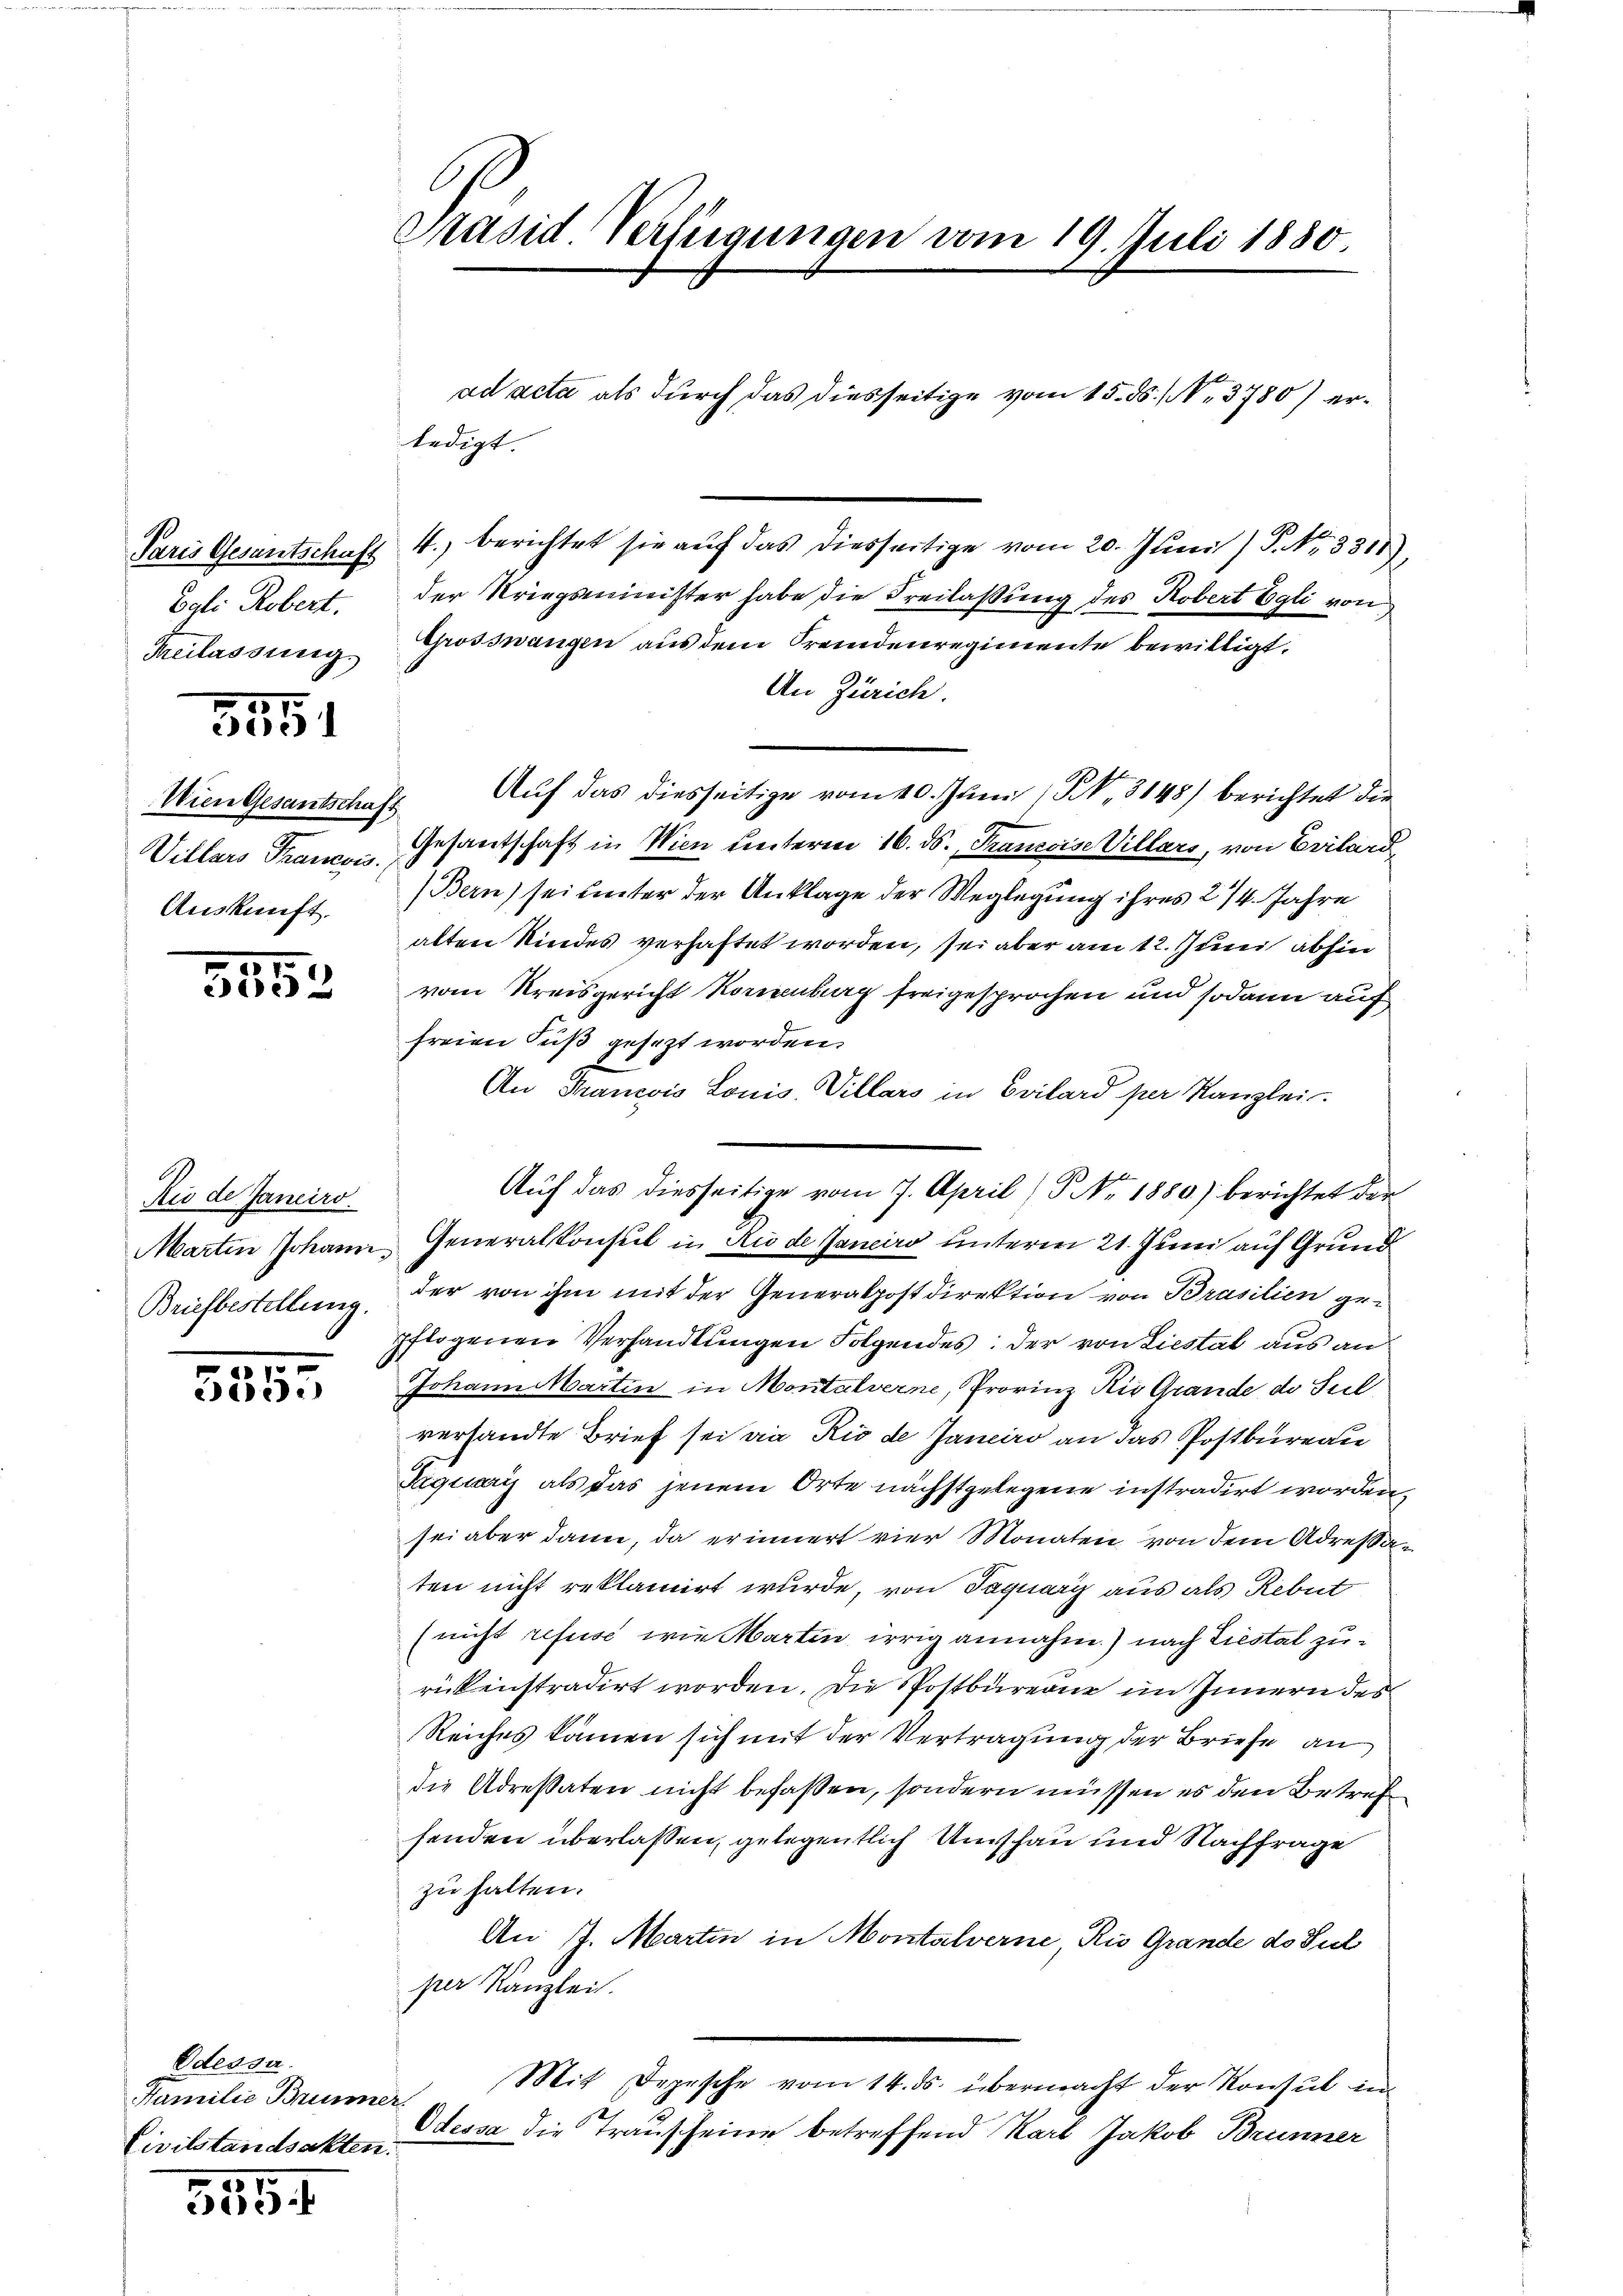
Paris Gesantschaft
Pali Robert.
Freilassung.

351

Auskunft.

5
3

Rio de Janeiro
Briefbestellung.

.
535.

Odessa.
Familie Brunner
Civilstandsakten.

11.
e

Präsid Verfügungen vom 19. Juli 1880.

4., berichtet sie auf das diesseitige vom 20. Juni / P. Nr. 3318),
der Kriegsminister habe die Freilassung des Robert Egli von
Grossnangen aus dem Fremdenregimente bewilligt.
An Zürich.
Wien Gesantschaft Auf das diesseitige vom 10. Juni / N. 3148) berichtet die
Villars Trauen Gesantschaft in Wien unterm 16. ds. Francoise Villars, von Erilard¬
(Bern) sei unter der Anklage der Weglegung ihres 2/4. Jahre
alten Kindes verhaftet worden, sei aber am 12. Juni abhin
vom Kreisgericht Korrenburg freigesprochen und sodann auf
freien Fuß gesezt worden.
An Francois Louis, Villars in Evilard per Kanzlei.
Marten Johann, Generalkonsul in die de Janeiro unterm 21. Juni auf Grund
der von ihm mit der Generalpostdirektion von Prasilien gepflogenen Verhandlungen Folgendes: der von Liestal aus an
Johann Martin in Montalverne, Provinz Rio Grande de Seel
versandte Brief sei die Rio de Janeiro an das Postbureau
Jaquary als das jenem Orte nächstgelegene instradirt worden,
sei aber dann, da erinnert vier Monaten, von dem Adressaten nicht reklamirt wurde, von Jaquary aus als Rebut
(nicht refuse wie Martin irrig annahm.) nach Liestal zurükinstradirt worden. Die Postbarerne im Innern des
Reiches kämen sich mit der Vertragung der Briefe an
die Adressaten nicht befassen, sondern müssen es den Betref
senden überlassen, gelegentlich Umschau und Nachfrage
zu halten.
An J. Martin in Montalverne, Rio Grande do Puel
per Kanzlei.
Mit Depesche vom 14. ds. übermacht der Konsul in
Odessa die Trauscheine betreffend Karl Jakob Brunner

ledigt.

Auf das diesseitige vom 7. April) P. Nr. 1880.) berichtet der

ad acta als durch das diesseitige vom 15. ds. No. 3780) er¬